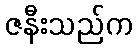
ဇနီးသည်က